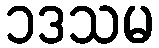
၁ဒသမ